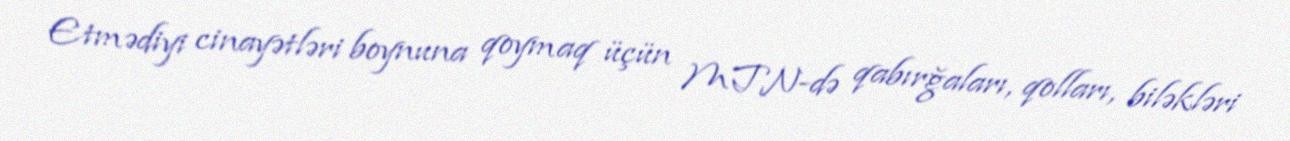
Etmədiyi cinayətləri boynuna qoymaq üçün MTN-də qabırğaları, qolları, biləkləri